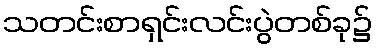
သတင်းစာရှင်းလင်းပွဲတစ်ခု၌